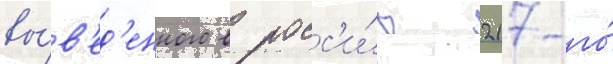
вы́в'ед'енного в росс'и́ю 217-го́